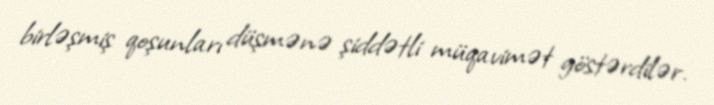
birləşmiş qoşunları düşmənə şiddətli müqavimət göstərdilər.